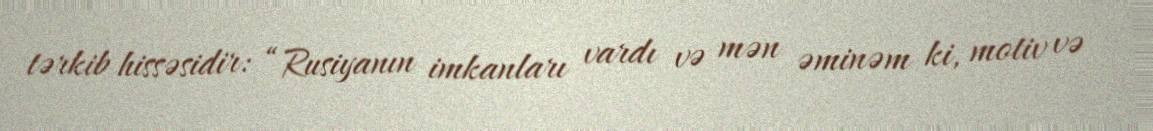
tərkib hissəsidir: “Rusiyanın imkanları vardı və mən əminəm ki, motiv və